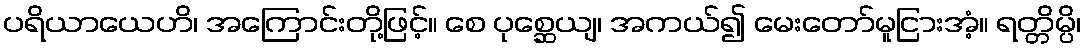
ပရိယာယေဟိ၊ အကြောင်းတို့ဖြင့်။ စေ ပုစ္ဆေယျ၊ အကယ်၍ မေးတော်မူငြားအံ့။ ရတ္တိမ္ပိ၊